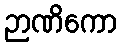
ဉာဏိကော